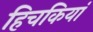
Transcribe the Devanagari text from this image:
हिचकियां